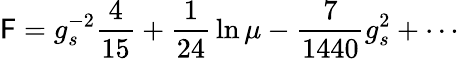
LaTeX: \mathsf{F}=g_{s}^{-2}{\frac{{4}}{{15}}}+{\frac{{1}}{{24}}}\ln\mu-{\frac{{7}}{{1440}}}{g_{s}^{2}}+\cdots